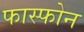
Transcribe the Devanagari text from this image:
फास्फोन